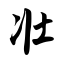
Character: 壮